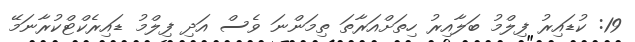
19: ކުޑައިރު ފިލްމު ބަލާއިރު ހިތަށްއަރާތަ ތިމަންނަ ވެސް އަދި ފިލްމު ޑައިރެކްޓްކުރާނަމޭ